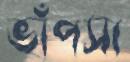
ভাঁপসা